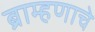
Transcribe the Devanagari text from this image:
ब्राम्हणाचे